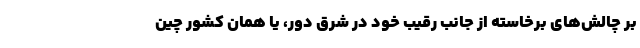
بر چالش‌های برخاسته از جانب رقیب خود در شرق دور، یا همان کشور چین